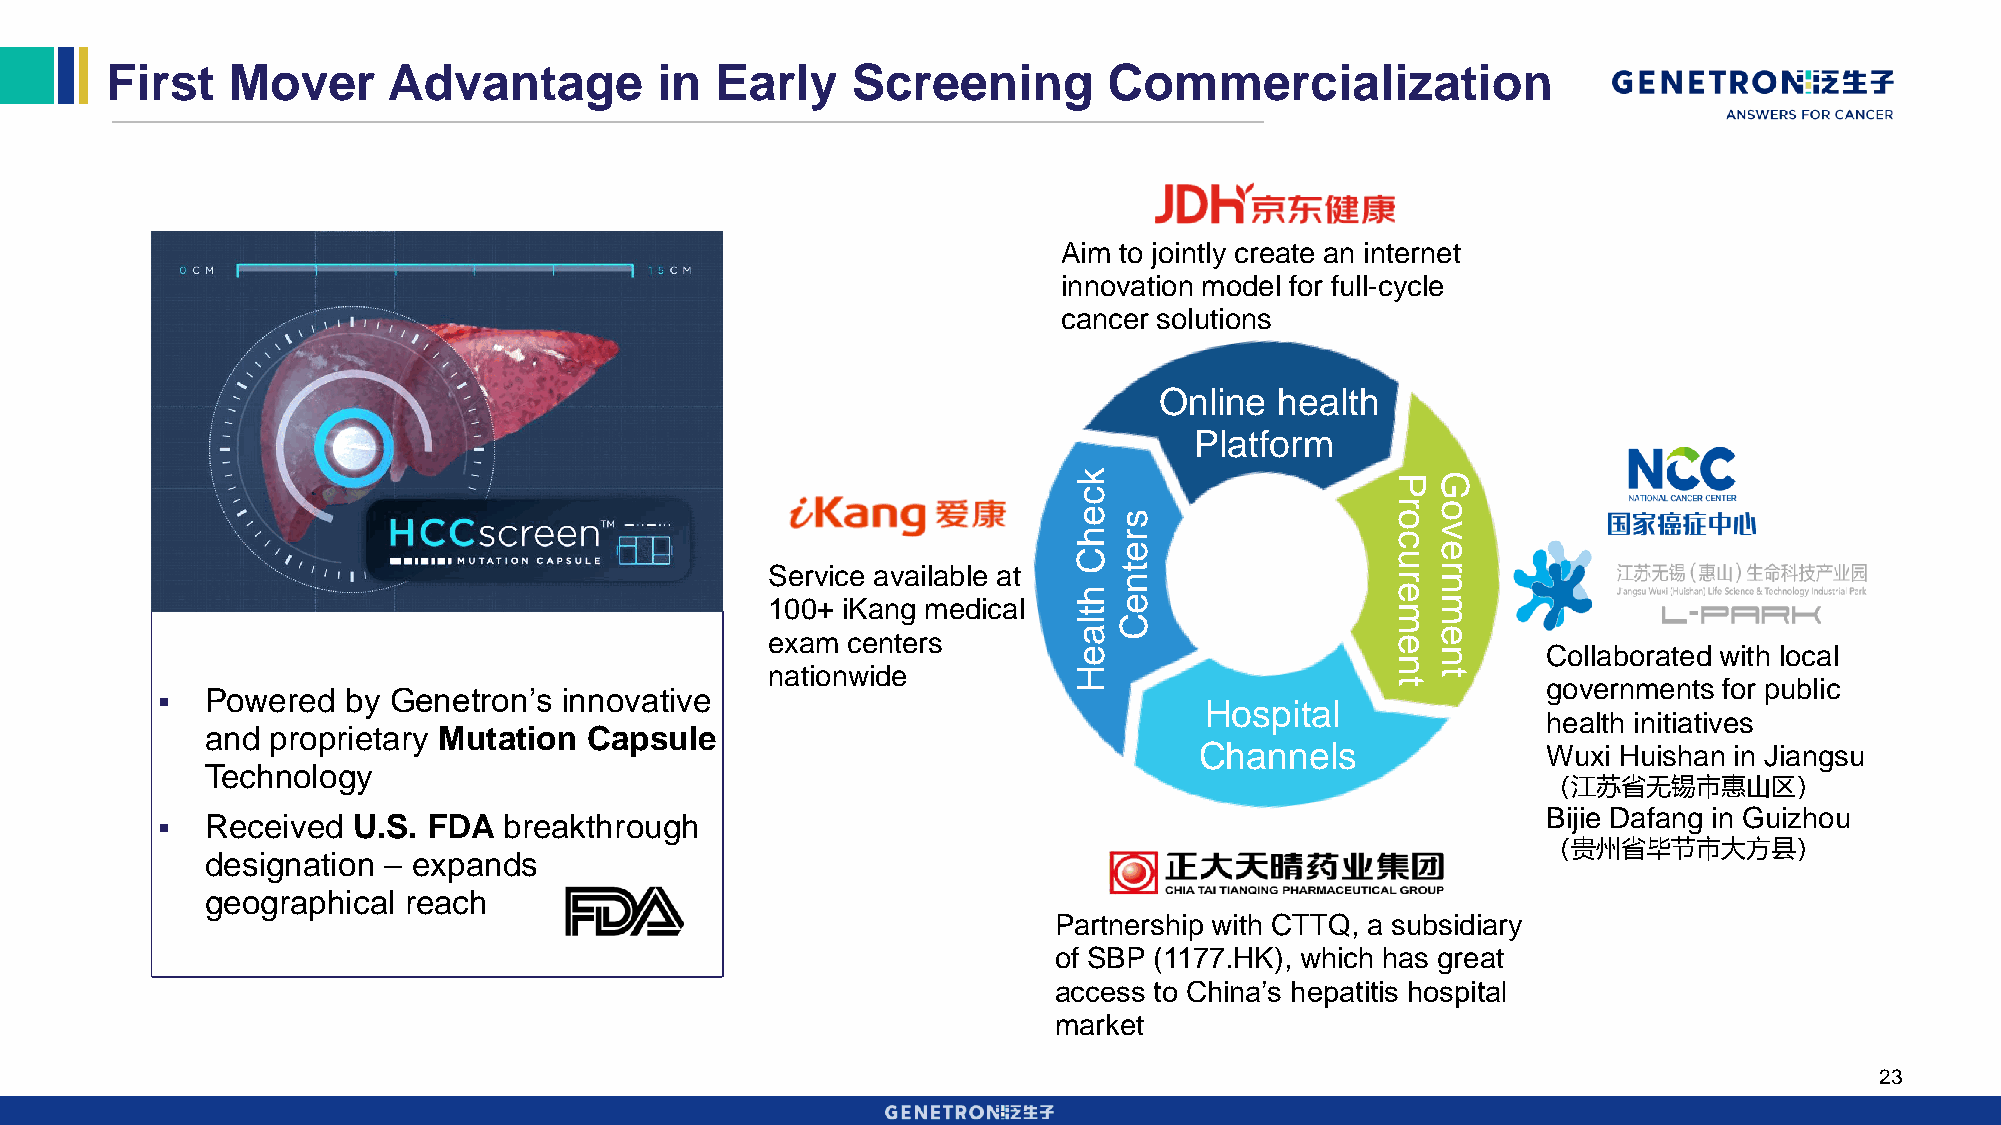
First   Mover      Advantage        in  Early    Screening        Commercialization
 Aim to jointly create an internet
 innovation model for full-cycle
 cancer solutions
 Online  health
 Platform
 k                    PG
 c
 es
 oro
 hr                   cv
 e                    e
 C                    u
 Service available at   t                    r
 n                 rn
 h                    e
 100+ iKang medical     e                    m
 t                    m
 lC
 exam centers        a                    ee
 e                       n      Collaborated with local
 n
 nationwide          H                       t
 t         governments for public
    Powered  by Genetron’s innovative
 Hospital
 health initiatives
 and proprietary Mutation Capsule
 Channels               Wuxi Huishan in Jiangsu
 Technology
 （江苏省无锡市惠山区）
 Bijie Dafang in Guizhou
    Received U.S. FDA  breakthrough
 （贵州省毕节市大方县）
 designation – expands
 geographical reach
 Partnership with CTTQ, a subsidiary
 of SBP (1177.HK), which has great
 access to China’s hepatitis hospital
 market
 23